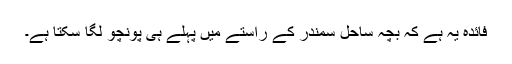
فائدہ یہ ہے کہ بچہ ساحل سمندر کے راستے میں پہلے ہی پونچو لگا سکتا ہے۔